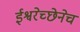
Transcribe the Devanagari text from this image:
ईश्वरेच्छेनेच